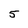
Character: 5